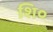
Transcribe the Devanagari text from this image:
शि०